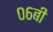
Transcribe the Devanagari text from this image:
०६बी